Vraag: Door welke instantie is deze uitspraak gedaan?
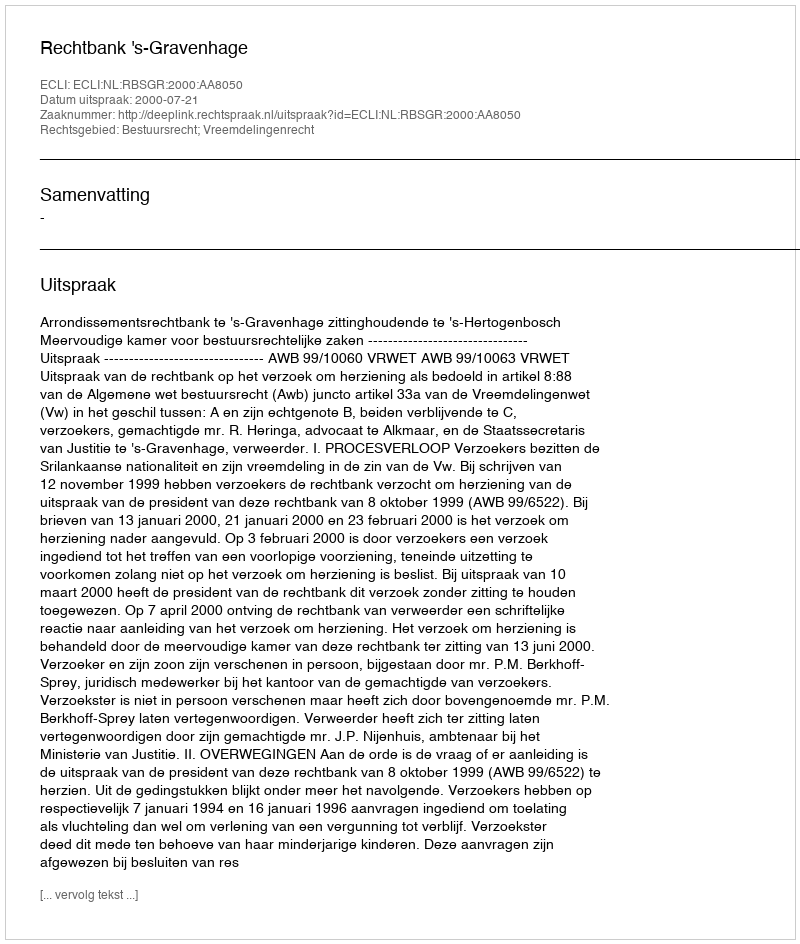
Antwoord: Rechtbank 's-Gravenhage